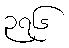
၃၇၆